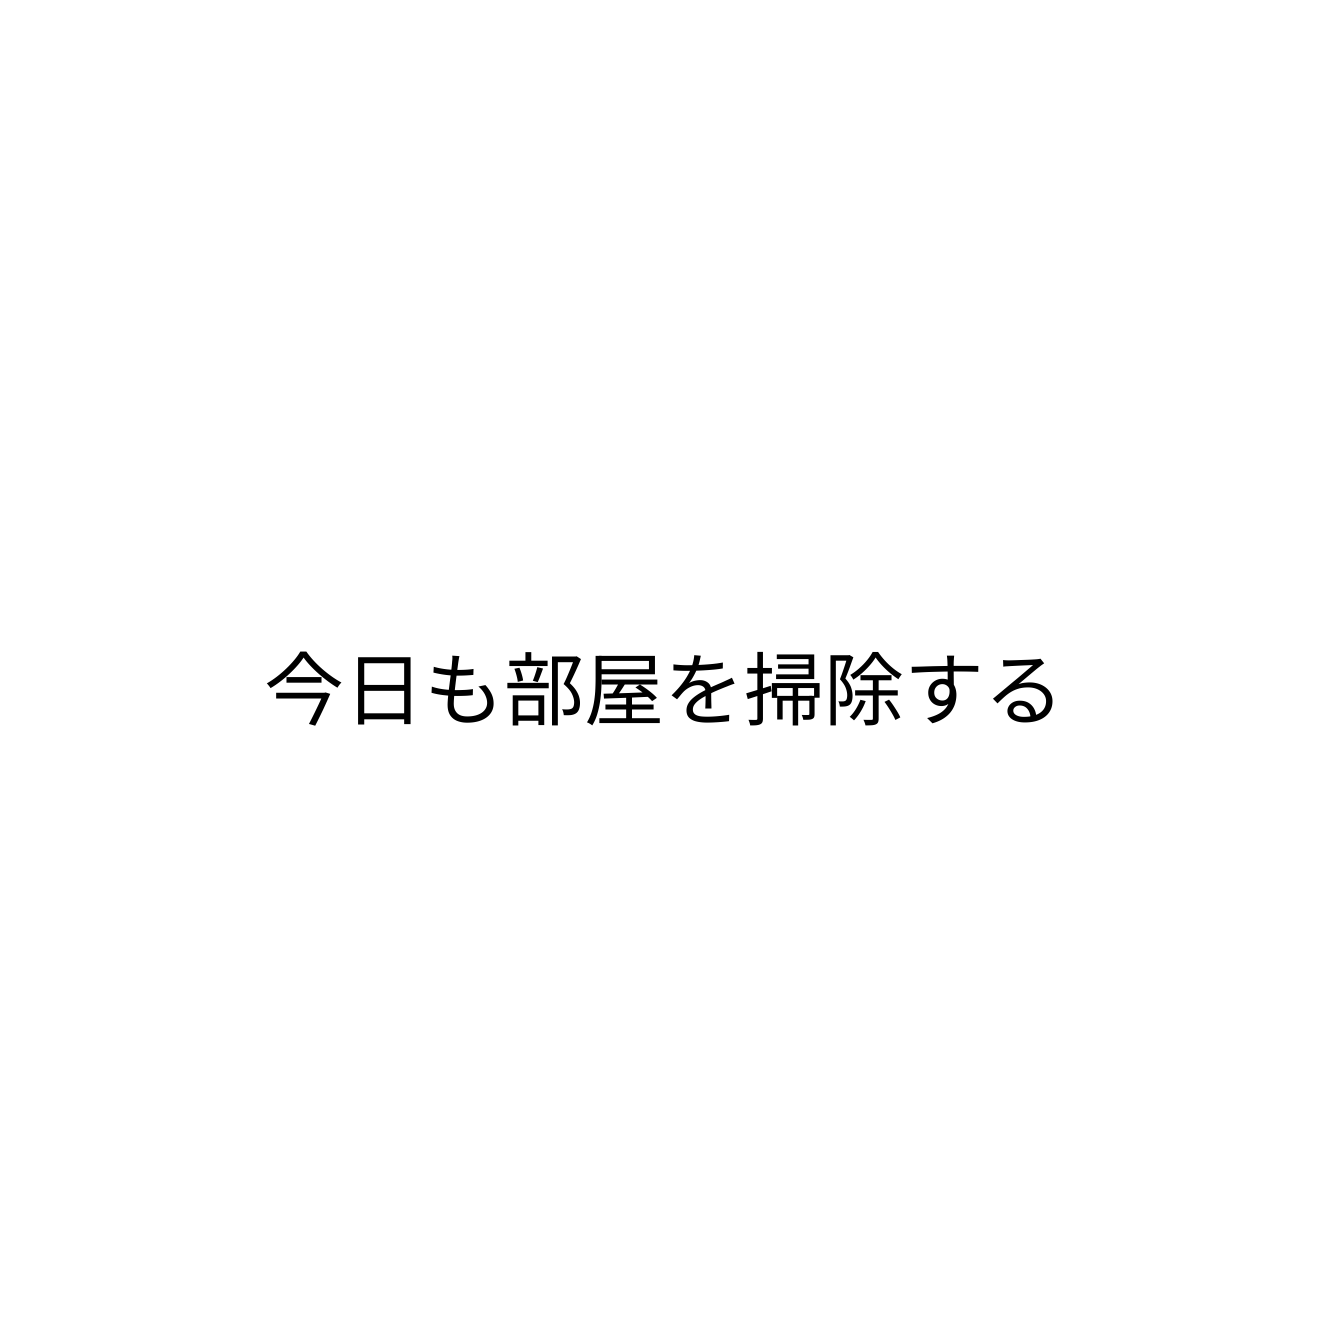
今日も部屋を掃除する